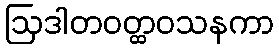
ဩဒါတဝတ္ထဝသနကာ